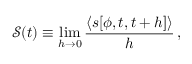
{ \mathcal { S } } ( t ) \equiv \operatorname* { l i m } _ { h \rightarrow 0 } \frac { \langle s [ \phi , t , t + h ] \rangle } { h } \, ,